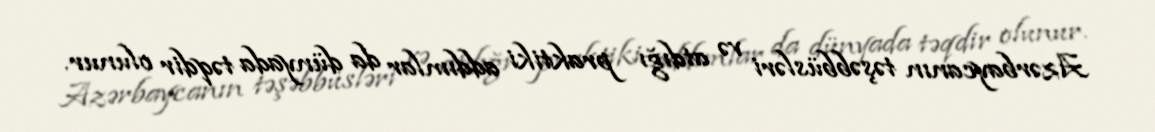
Azərbaycanın təşəbbüsləri və atdığı praktiki addımlar da dünyada təqdir olunur.